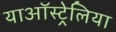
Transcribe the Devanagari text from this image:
याऑस्ट्रेलिया